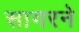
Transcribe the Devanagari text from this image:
सागरने